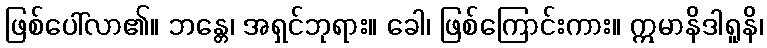
ဖြစ်ပေါ်လာ၏။ ဘန္တေ၊ အရှင်ဘုရား။ ခေါ၊ ဖြစ်ကြောင်းကား။ ဣမာနိဒါရူနိ၊